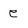
Character: e